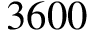
3 6 0 0